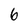
Character: 6